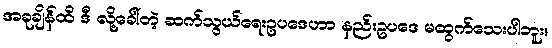
အခုချိန်ထိ ဒီ လို့ခေါ်တဲ့ ဆက်သွယ်ရေးဥပဒေဟာ နည်းဥပဒေ မထွက်သေးပါဘူး။